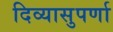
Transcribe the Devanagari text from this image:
दिव्यासुपर्णा